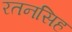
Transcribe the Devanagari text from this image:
रतनसिह